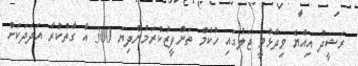
ރަޝީދު އިއްޔެ ވިދާޅުވީ ޖަލުގައި ހުކުމް ތަންފީޒުކުރަމުންދިޔަ 300 އާ ގާތްކުރާ އަދަދަކަށް